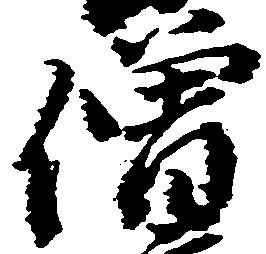
僧